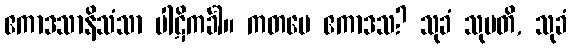
ဧကာဒသာနိသံသာ ပါဋိကင်္ခါ။ ကတမေ ဧကာဒသ? သုခံ သုပတိ, သုခံ